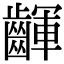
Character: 齳